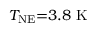
T _ { \mathrm { N E } } { = } 3 . 8 \ \mathrm { K }